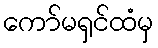
ကော်မရှင်ထံမှ